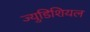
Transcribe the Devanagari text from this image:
ज्युडिशियल